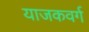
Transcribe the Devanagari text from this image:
याजकवर्ग